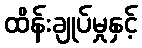
ထိန်းချုပ်မှုနှင့်